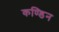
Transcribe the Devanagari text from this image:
कण्डिन